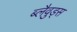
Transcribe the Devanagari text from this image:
ब्लैव़ुड्स